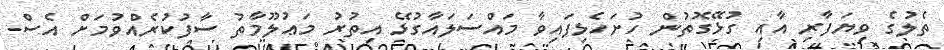
ތެލުގެ ވިޔަފާރި އާއި ގުޅޭގޮތުން ހުށަހެޅިފައިވާ މައްސަލައާގުޅޭ އިތުރު މަޢުލޫމާތު ސާފުކުރެއްވުމަށް އެސް.